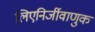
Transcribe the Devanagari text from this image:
लिएनिर्जीवाणुक